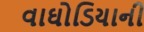
વાઘોડિયાની